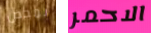
بمحض الاحمر